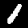
Label: 1